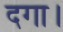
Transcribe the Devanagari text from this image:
दगा।